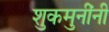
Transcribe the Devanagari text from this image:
शुकमुनींनी